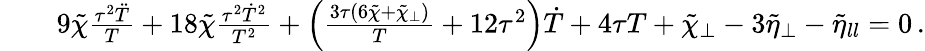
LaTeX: \begin{array}{rlr}&{}&{9\tilde{\chi}\frac{\tau^{2}\ddot{T}}{T}+18\tilde{\chi}\frac{\tau^{2}\dot{T}^{2}}{T^{2}}+\left(\frac{3\tau(6\tilde{\chi}+\tilde{\chi}_{\perp})}{T}+12\tau^{2}\right)\dot{T}+4\tau T+\tilde{\chi}_{\perp}-3\tilde{\eta}_{\perp}-\tilde{\eta}_{ll}=0\, .}\end{array}